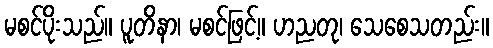
မစင်ပိုးသည်။ ပူတိနာ၊ မစင်ဖြင့်။ ဟညတု၊ သေစေသတည်း။